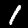
Label: 1